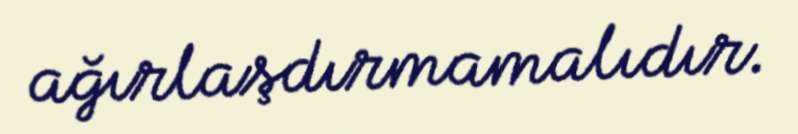
ağırlaşdırmamalıdır.